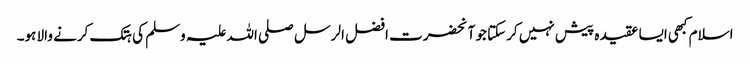
اسلام کبھی ایسا عقیدہ پیش نہیں کرسکتا جو آنحضرت افضل الرسل صلی اللہ علیہ وسلم کی ہتک کرنے والا ہو۔